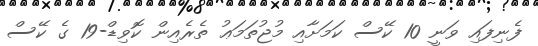
ފެނިފައި ވަނީ 10 ކޭސް ކަމަށާއި މުޖުތަމަޢު ތެރެއިން ކޮވިޑް-19 ގެ ކޭސް